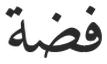
فضة